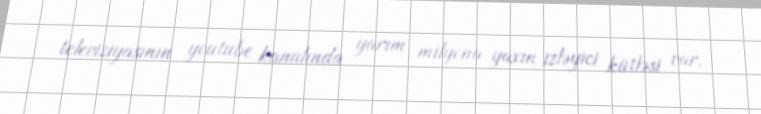
televiziyasının youtube kanalında yarım milyona yaxın izləyici kütləsi var.